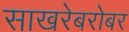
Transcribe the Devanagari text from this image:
साखरेबरोबर